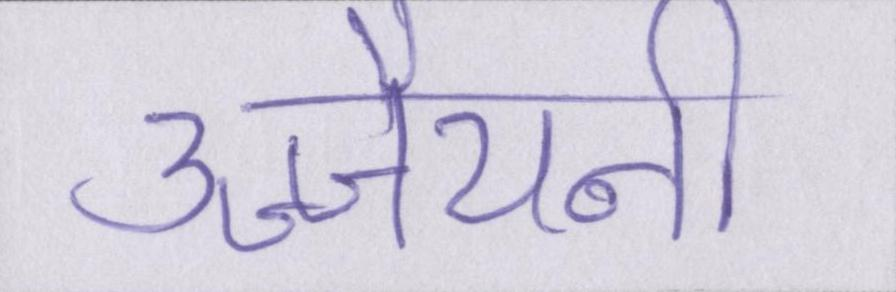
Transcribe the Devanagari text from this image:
उज्जैयनी